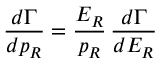
\frac { d \Gamma } { d p _ { R } } = \frac { E _ { R } } { p _ { R } } \, \frac { d \Gamma } { d E _ { R } }